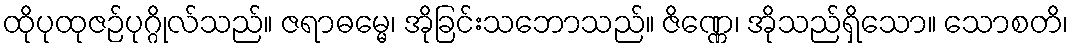
ထိုပုထုဇဉ်ပုဂ္ဂိုလ်သည်။ ဇရာဓမ္မေ၊ အိုခြင်းသဘောသည်။ ဇိဏ္ဏေ၊ အိုသည်ရှိသော။ သောစတိ၊